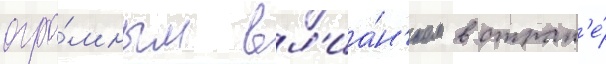
огро́мным вл'иа́н'ием в стран'е́